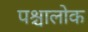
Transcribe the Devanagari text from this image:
पश्चालोक